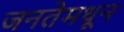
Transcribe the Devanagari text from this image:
जनतेमधून